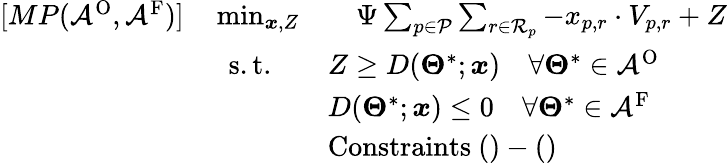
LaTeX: \begin{array}{rl}{[MP(\mathcal{A}^{\mathrm{O}},\mathcal{A}^{\mathrm{F}})]\quad\operatorname*{min}_{\boldsymbol{x},Z}}&{\quad\Psi\sum_{p\in\mathcal{P}}\sum_{r\in\mathcal{R}_{p}}-x_{p,r}\cdot V_{p,r}+Z}\\ {\mathrm{s.t.}\quad}&{Z\geq D(\boldsymbol{\Theta}^{*};\boldsymbol{x})\quad\forall\boldsymbol{\Theta}^{*}\in\mathcal{A}^{\mathrm{O}}}\\ &{D(\boldsymbol{\Theta}^{*};\boldsymbol{x})\leq 0\quad\forall\boldsymbol{\Theta}^{*}\in\mathcal{A}^{\mathrm{F}}}\\ &{\mathrm{Constraints~}()-()}\end{array}